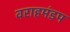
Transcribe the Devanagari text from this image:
वराहमंडप